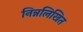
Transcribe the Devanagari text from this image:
निन्नलिखित